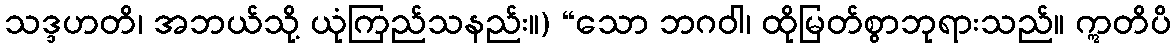
သဒ္ဒဟတိ၊ အဘယ်သို့ ယုံကြည်သနည်း။) “သော ဘဂဝါ၊ ထိုမြတ်စွာဘုရားသည်။ ဣတိပိ